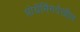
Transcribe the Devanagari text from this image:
प्रोग्रॅमिंगदेखील